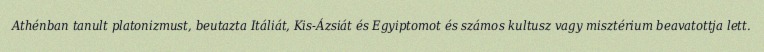
Athénban tanult platonizmust, beutazta Itáliát, Kis-Ázsiát és Egyiptomot és számos kultusz vagy misztérium beavatottja lett.